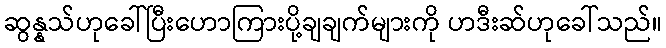
ဆွန္နသ်ဟုခေါ်ပြီးဟောကြားပို့ချချက်များကို ဟဒီးဆ်ဟုခေါ်သည်။